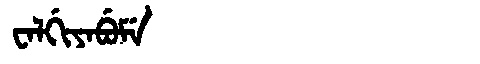
Manchu: ᠸᠠᠯᡤᡳᠶᠠᠪᡠᠮᡝ
Romanization: WALGIYABUME